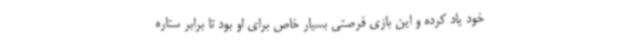
خود یاد کرده و این بازی فرصتی بسیار خاص برای او بود تا برابر ستاره